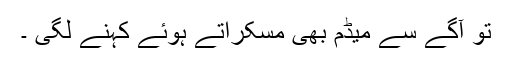
تو آگے سے میڈم بھی مسکراتے ہوئے کہنے لگی ۔